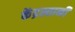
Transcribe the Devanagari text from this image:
केंद्रस्तानी